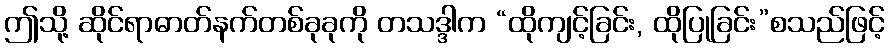
ဤသို့ ဆိုင်ရာဓာတ်နက်တစ်ခုခုကို တသဒ္ဒါက “ထိုကျင့်ခြင်း, ထိုပြုခြင်း”စသည်ဖြင့်